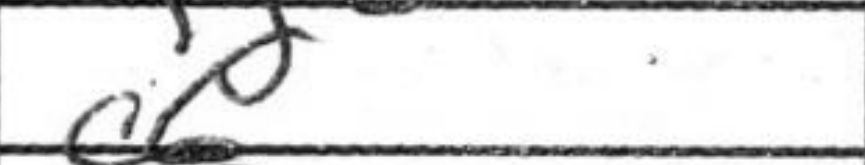
Transcription: c6